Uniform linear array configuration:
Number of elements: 32
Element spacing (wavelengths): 1
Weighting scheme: exponential
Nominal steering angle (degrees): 15
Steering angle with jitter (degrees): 13.858
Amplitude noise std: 0.05
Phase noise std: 0.05

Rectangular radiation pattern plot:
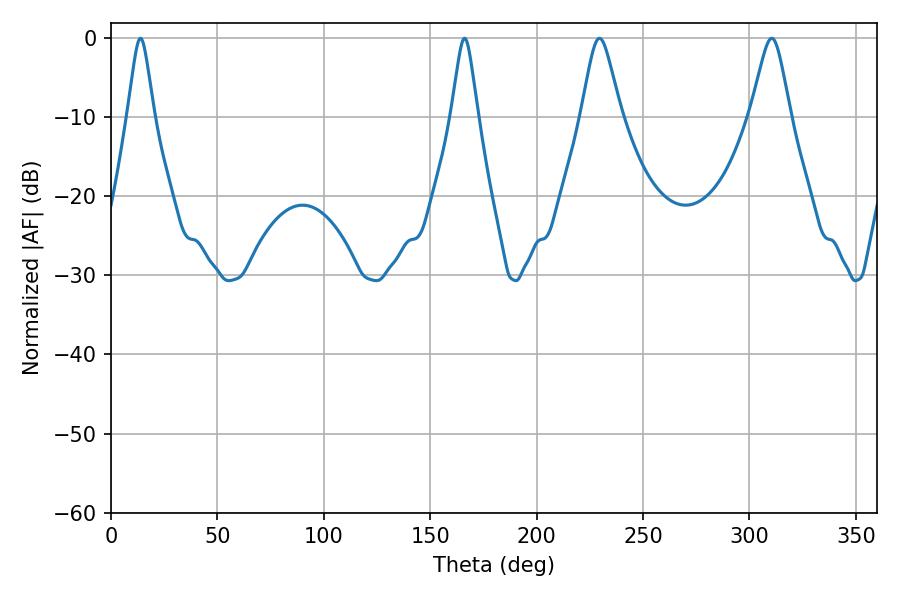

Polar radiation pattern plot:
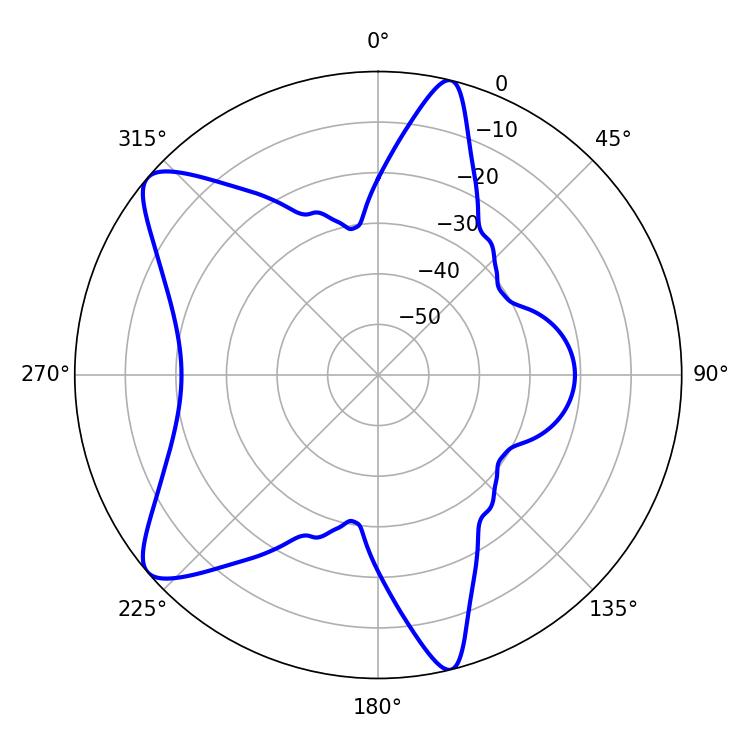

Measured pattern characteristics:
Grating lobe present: TRUE
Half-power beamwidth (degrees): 5.76
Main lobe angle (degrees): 13.86